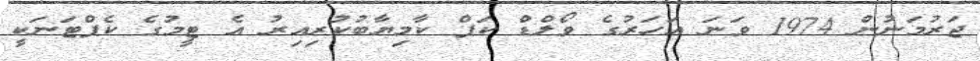
ޖަރުމަނުން 1974 ވަނަ އަހަރުގެ ވޯލްޑް ކަޕް ކާމިޔާބުކުރިއިރު އެ ޓީމުގެ ކެޕްޓަނަކީ